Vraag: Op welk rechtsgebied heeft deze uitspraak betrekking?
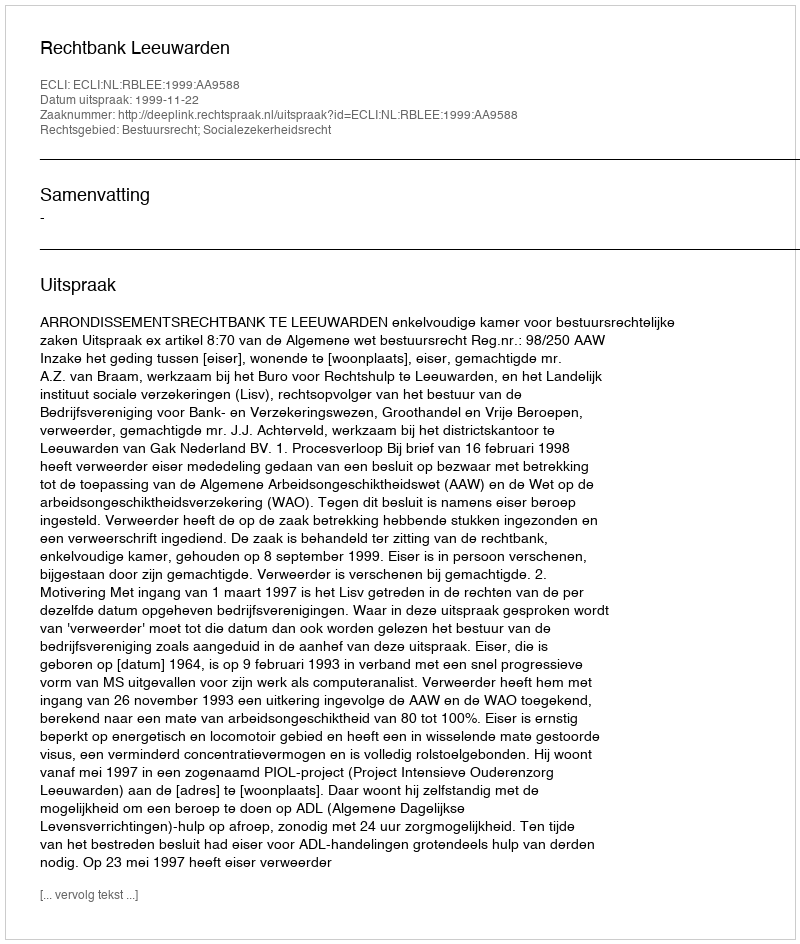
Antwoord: Bestuursrecht; Socialezekerheidsrecht